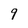
Character: 9